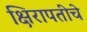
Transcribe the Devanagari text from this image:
क्षिरापतीचे